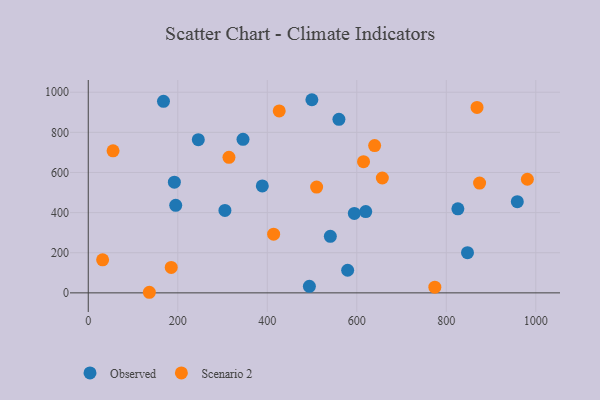
{"axis": {"x": "Ad Spend", "y": "Salary"}, "legend": ["Observed", "Scenario 2"], "data": [{"x": "579.6", "y": 112.8, "type": "Observed"}, {"x": "847.4", "y": 200.1, "type": "Observed"}, {"x": "560.1", "y": 865.1, "type": "Observed"}, {"x": "245.9", "y": 763.5, "type": "Observed"}, {"x": "620.0", "y": 405.2, "type": "Observed"}, {"x": "195.4", "y": 436.3, "type": "Observed"}, {"x": "594.5", "y": 396.0, "type": "Observed"}, {"x": "388.9", "y": 533.1, "type": "Observed"}, {"x": "168.1", "y": 954.8, "type": "Observed"}, {"x": "499.7", "y": 962.7, "type": "Observed"}, {"x": "305.4", "y": 410.7, "type": "Observed"}, {"x": "494.1", "y": 32.8, "type": "Observed"}, {"x": "192.4", "y": 551.6, "type": "Observed"}, {"x": "345.8", "y": 765.5, "type": "Observed"}, {"x": "825.9", "y": 418.7, "type": "Observed"}, {"x": "958.7", "y": 454.4, "type": "Observed"}, {"x": "540.9", "y": 282.0, "type": "Observed"}, {"x": "510.3", "y": 527.2, "type": "Scenario 2"}, {"x": "874.4", "y": 547.4, "type": "Scenario 2"}, {"x": "414.2", "y": 292.3, "type": "Scenario 2"}, {"x": "657.1", "y": 572.4, "type": "Scenario 2"}, {"x": "185.4", "y": 126.7, "type": "Scenario 2"}, {"x": "615.1", "y": 654.1, "type": "Scenario 2"}, {"x": "426.7", "y": 906.8, "type": "Scenario 2"}, {"x": "774.4", "y": 28.2, "type": "Scenario 2"}, {"x": "639.9", "y": 734.4, "type": "Scenario 2"}, {"x": "314.4", "y": 675.4, "type": "Scenario 2"}, {"x": "55.4", "y": 707.8, "type": "Scenario 2"}, {"x": "981.2", "y": 566.4, "type": "Scenario 2"}, {"x": "32.1", "y": 164.6, "type": "Scenario 2"}, {"x": "868.7", "y": 924.2, "type": "Scenario 2"}, {"x": "136.5", "y": 2.9, "type": "Scenario 2"}]}